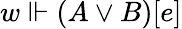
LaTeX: w\Vdash(A\lor B)[e]